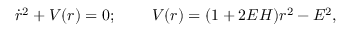
\dot { r } ^ { 2 } + V ( r ) = 0 ; \; \; \; \; \; \; \; \; V ( r ) = ( 1 + 2 E H ) r ^ { 2 } - E ^ { 2 } ,